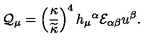
{ \cal Q } _ { \mu } = \left( { \frac { \kappa } { \widetilde \kappa } } \right) ^ { 4 } h _ { \mu } { } ^ { \alpha } { \cal E } _ { \alpha \beta } u ^ { \beta } .